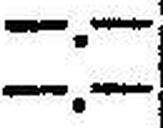
—.—